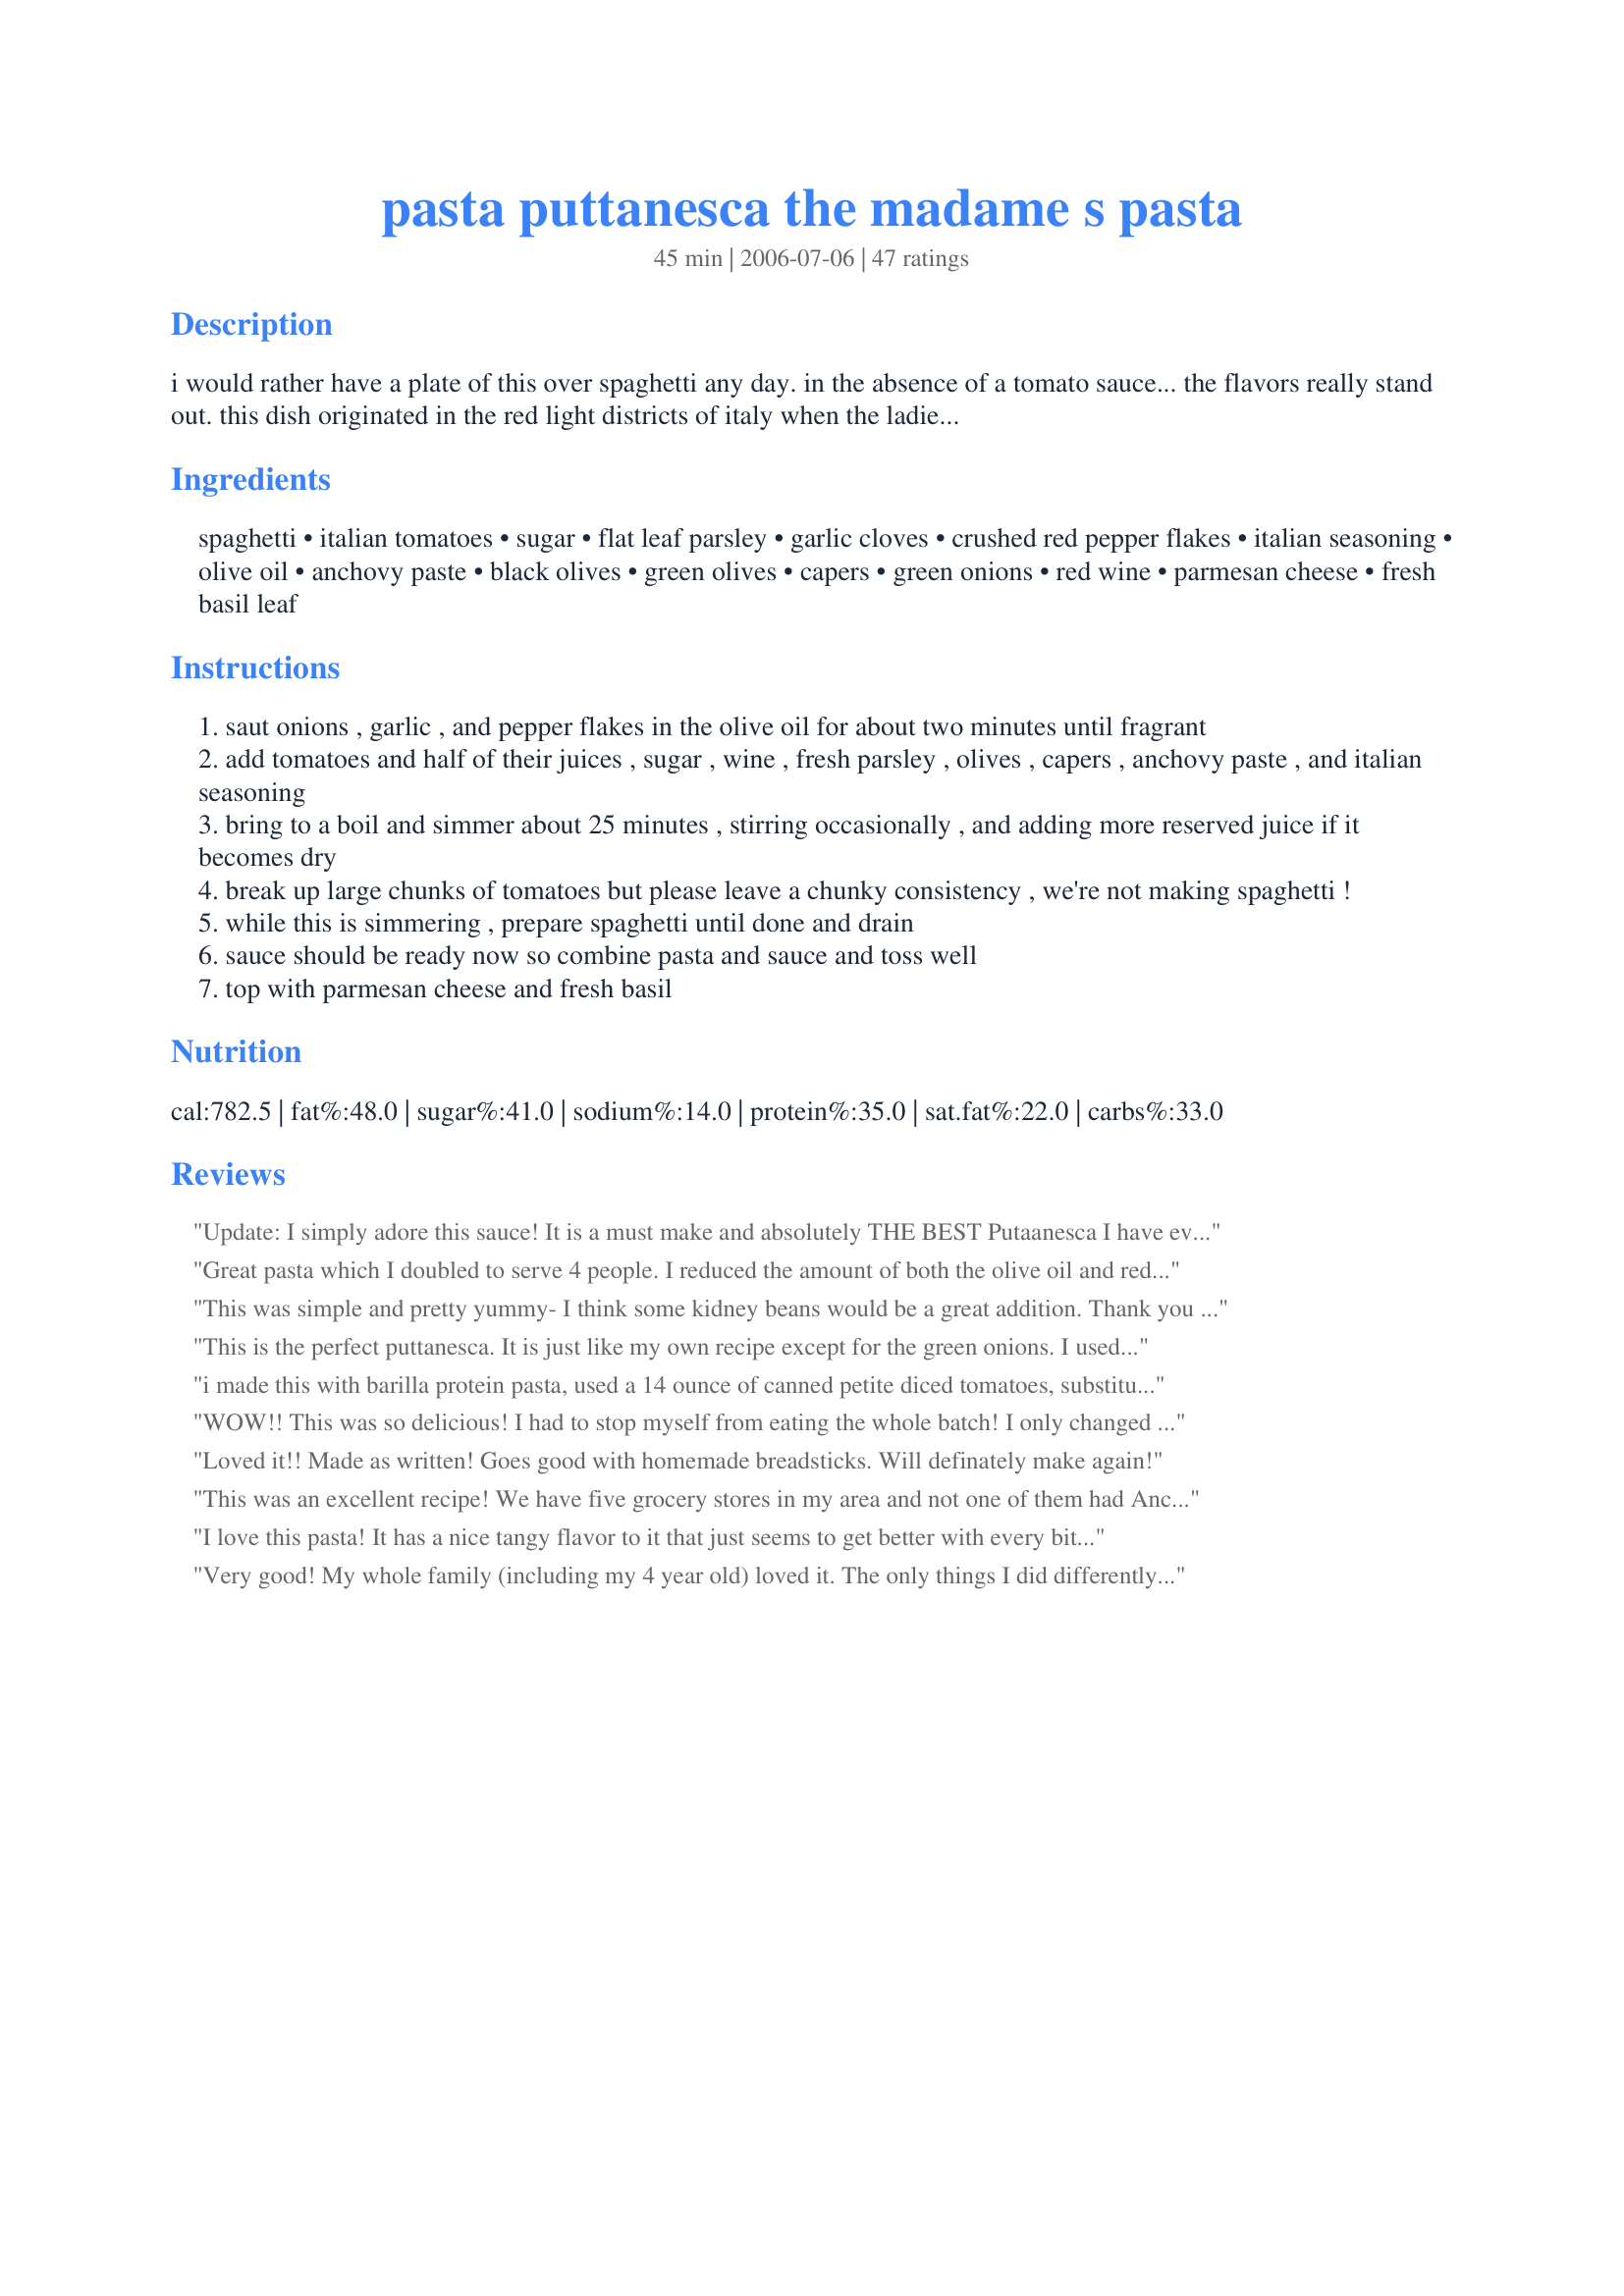
pasta puttanesca the madame s pasta
Preparation time: 45 minutes

i would rather have a plate of this over spaghetti any day. in the absence of a tomato sauce... the flavors really stand out. this dish originated in the red light districts of italy when the ladies of the night needed a quick and cheap meal after a long nights work "at the office."

Ingredients:
spaghetti, italian tomatoes, sugar, flat leaf parsley, garlic cloves, crushed red pepper flakes, italian seasoning, olive oil, anchovy paste, black olives, green olives, capers, green onions, red wine, parmesan cheese, fresh basil leaf

Steps:
saut onions , garlic , and pepper flakes in the olive oil for about two minutes until fragrant
add tomatoes and half of their juices , sugar , wine , fresh parsley , olives , capers , anchovy paste , and italian seasoning
bring to a boil and simmer about 25 minutes , stirring occasionally , and adding more reserved juice if it becomes dry
break up large chunks of tomatoes but please leave a chunky consistency , we're not making spaghetti !
while this is simmering , prepare spaghetti until done and drain
sauce should be ready now so combine pasta and sauce and toss well
top with parmesan cheese and fresh basil

Reviews:
Update: I simply adore this sauce! It is a must make and absolutely THE BEST Putaanesca I have ever laid a lip on! Thank you so much for sharing! .........
Amazing! This is my new sauce of choice! Do use the best ingredients you can! I used kalamata olives, anchovy paste and organic tomatoes and basil. The flavors blend well together here into a culinary masterpiece! Viola! Perfection in under and hour! Oooo-la-la! Thank you so much my dear friend!
Great pasta which I doubled to serve 4 people. I reduced the amount of both the olive oil and red pepper flakes by half. It was still a bit too spicy for our tastes and I would reduce to 1/2 -3/4 tsp for a double batch. Serving size is very generous so I probably did not need to double the recipe, but we will enjoy the leftovers. I will make this again.
This was simple and pretty yummy- I think some kidney beans would be a great addition. Thank you for the post!
This is the perfect puttanesca. It is just like my own recipe except for the green onions. I used chopped sweet onions. The wine is a great addition. The only thing I do add is some chopped kale. The bitter greens seem to bring out the other flavors and, yes, it is healthier. Don't need an additional vegetable either on the side.<br/>'
i made this with barilla protein pasta, used a 14 ounce of canned petite diced tomatoes, substituted basil for the italian seasoning, did add some extra anchovy paste(don't tell DH) and made everything else as posted. really good and easy! thanks for posting this recipe, pot scrubber!
WOW!! This was so delicious! I had to stop myself from eating the whole batch! I only changed a couple things: I didn't have any anchovy paste so I left it out, while it was cooking I mushed up the tomatoes really well to make it more like a sauce, and I used the whole can of tomatoes with all the juice. I love this dish! I will make again and again.
Loved it!! Made as written!
Goes good with homemade breadsticks. Will definately make again!
This was an excellent recipe! We have five grocery stores in my area and not one of them had Anchovy paste! So I used minced ancovies instead. Worked like a charm. Also I increased the olives slightly since I am an olive fan. As for the Anchovies, I can't see this recipe without them! This recipe will likely be a staple in my home!

Thanks for sharing!
I love this pasta! It has a nice tangy flavor to it that just seems to get better with every bite. I wasn't sure my kids would like it since it has so much "stuff" in it, but they both cleaned their plates right up! This is also an easy week night meal.
Very good! My whole family (including my 4 year old) loved it. The only things I did differently were to add all basil instead of parsely, and I had no anchovy or oyster sauce on hand. So I skipped that and added a little extra red wine. Thanks!
Sooo good! I added some fresh shrimp, but left everything else as instructed. Thanks for posting.
Reviewed for PAC Fall 2007.
Mamma Mia!!
This is just simple delicious comfort food!
Love the zip of the crushed red chilies,I adore spaghetti so this was a winner no matter what.
Thanks for another great meal!
I am a big tomato sauce fan but this was excellent a good change will be made again. Didn't use capers or anchovy paste.
excellent recipe, delicious sauce. this made the perfect lenten meal for friday. followed exactly except could not find anchovy paste in the store so used anchovy fillets and mashed them with the oil they came with in the jar. i found the amount of oil called for was perfect as the olive oil not only helps to sautee the onions garlic, etc. but it gives the sauce a nice flavor. this is something i will absolutely make again. served atop of tri colored rotini and good organic parmesan cheese on top. thank you so much for sharing another terrific recipe.
Wow! My kitchen looks so gourmet. This is fabulous. I have never used anchovies before. I used the fillets because I could not find the paste. Everything tastes so fantastic together. Thanks for posting such a simple and delicious recipe. Definately looking forward to the leftovers. :) Thanks Mr. Scrubber.
Great recipe for a lazy weeknight! It came together quickly and we both enjoyed it. In the middle of cooking, I realized I was out of capers. Can't wait to try it again with this addition. Otherwise, I made no modifications.
This is such a great recipe. So adaptable to your likes and dislikes. Thank you!
The best puttanesca I have ever tried at home, in a restaurant or from a jar. Maybe the best pasta sauce I have ever tried too. I LOVE puttanesca and this has all my favorite elements of a good pasta sauce including red wine, capers, red pepper flakes. This is going into my keepers cookbook. I made this with black kalamata olives, omitted the anchovy paste and reduced the oil, otherwise no adjustments other than some salt and pepper. Potsie is right, there is no distracting tomato sauce to take away from the flavors. BF really liked this a lot too. The madame has outdone herself and by proxy so has Potsie too. Many thanks.
I must say, I tried the Pasta Puttanesca at Bertucci's not long before I made this one at home, and I vastly prefer the homemade version (not to say that Bertucci's version is bad, just that this one is much better). I opted for a little extra anchovy paste, had to use Kalamata olives for the black olives because that's what was in the cabinet, and I didn't have any green onions (well, no unslimy ones, anyway). Dad and I both give this at least five stars (the rest of the family doesn't count; they won't eat pasta puttanesca because of either the anchovies or the capers). That's fine, more for Dad and me. Besides, if I only need to make it for two of us, I can afford to buy the nice expensive ingredients, right? Between the simplicity and the flavor, I can definitely see myself craving this at times. Thanks for posting!
This was OUTSTANDING!! I'm a pasta fiend...and this dish has now become my #2 all time favorite pasta dish EVER!!!!! I did make some changes but I'm dealing with a husband who won't even look at a plate of pasta that doesn't include some kind of meat or seafood or chicken. That being said, I added 3 links of hot turkey italian sausage and browned it before I browned the garlic and onions. In my opinion, the sauce didn't need this, however, it was EXCELLENT with the sausage as well. The blend of flavors here was to die for. I doubled the amount of pasta and the amount of all the other ingredients (except the anchovy paste). I increased the wine and the garlic (of course!) and didn't even serve it with parmesan. Guess what? Didn't need any parmesan. SUPERB!!! Anyone who knows me knows how serious I take my pasta...this is my #2 dish of any pasta dish I've had in my entire life! WONDERFUL. I'd give this one 10 stars if I could. Thank you so much for posting this amazing dish.!!!!!!
I don't really have anything more to add to what's already been said here ~excellent dish, my family and I loved it. Thanks so much!
Delicious! Left out the anchovies. Came out great! I had to make it twice (won't go into why) once using half red and half white wine and once using all red. I think I liked the combo better than all red. It was a little lighter and brighter. Both versions were great. Thanks for posting.
Please know that a4 star review from my fussy fanatic Pasta passionate DH is worth about 7 stars anywhere else...I made this for him and he did the rating. He even went so far to say "this is good"... and since comments like "it's ok.. it could do with more (X,Y,Z)" are his more usual pronouncments, I think that you can consider that this recipe found favour and be very pleased indeed. He didn't even comment on the red wine, which he usually doesn't like in cooking... that means that the wine wasn't overpowering and the rest of the flavours must have been well balanced. Since I made just one portion, I uded fresh tomatoes instead of canned, like Kumquat I also added less olive oil, and I added more capers since DH adores them (ugh,they are ALL his) Please see my rating system, you have achieved a 4 star rating with DH who puts pasta dishes to the toughest tests.. this one has passed muster :) Thanks !
Loved it. This is a very good recipe. Here are some changes I made: I used 1/2 cup of chopped fresh parsley, 1/2 tsp of the pepper flakes (next time I intend on using 1/4 tsp), all green olives, and whole wheat spaghetti. Very good and easy recipe.
Nov 20, 2007 - Delish! I had chicken that needed to be eaten before we leave in the morning for the holiday, so I shredded it, added extra wine to the sauce & heated it through. Everyone had seconds! Thanks for posting! UPDATE: Oct 20, 2009 - I've made this recipe so many times! My teenage DS actually requests it often & it's my go-to recipe when I forget to thaw some meat. I never realized that I didn't photograph it the first time I made it, which turns out to be longer ago than I thought! :) So, basically I've gotten lazy over the years & quit mincing the olives & just slicing them. I've used all kinds of green olives from garlic stuffed to jalapeno stuffed. Last night I didn't have green onions, so had to sub white onion. I keep capers on hand for just this recipe. Thanks again for sharing it, Potsie! :)
Love this recipe. The only changes I made were did not add the green olives (we don't like them) and anchovy. Thanks again for this wonderful recipe which will be a regular meal from now on.
Wow! Great recipe. Very versatile and adaptable too, whatever veggies or meat that is on hand can be used. Made it (the first time) just as stated with the exception that I couldn't find any anchovy paste so I used a small can of anchovies. <br/>Again, great recipe! Thanks for posting.
I must say that my Italian BF and I were a little bit sceptical with your recipe, but I am glad that I nearly followed it exactly. My changes were that I used anchovies instead of the paste and also at least double the amount. I also had to replace some of the green onions with onion. We really enjoyed the sauce, but it turned out a little bit bitter, which I think is because I used wrinkled black olives which are more bitter than other types. I will try to avoid those next time. Thank you for a great pasta dinner that may made again.
great recipe .dee
Loved it !!! The recipe is wonderful as is, but next time, I will use only 1/2 tsp. of the pepper seeds. I did use anchovy fillets instead of paste and only about 1 Tbsp. of oil, 1/4 c is a lot. This was served with fresh linguini, a crisp salad and toasted Ciabatta bread with garlic butter. Yummy. The sauce was very easy to put together just before dinner but there is no reason it could not be made ahead of time if it is to be doubled or more for a company dinner.
I made this last night & was really excited about it. I used ~1/8 cup olive oil, & minced some extra garlic. I used 3 fresh tomatoes (cut into wedges & then cut in Â½ only once each) instead of canned. I used kalamata olives instead of black olives b/c 1) it was all I had, & 2) I had read that in another review, & I threw in some whole green olives in addition to the chopped ones. I also sautÃ©ed some (boneless, skinless) chicken breasts (patted dry & seasoned w/ salt & pepper) in a separate pan while the sauce was simmering & added it to the sauce after it was cooked through. I left it in the sauce for just a few minutes while I cooked the spaghetti. As I said b/f, I was sooo excited about this dishâ€”I grated fresh parmesan cheese on the top & took my first bite &â€¦ it was too spicy for me. :) Delicious, but too hot. I still award it 5 stars b/c I think that it IS a delicious recipe, & the fact that I added the full 1 tsp of red pepper flakes when I KNOW that neither I nor my BF are very tolerant of hot/spicy foodsâ€¦ well that is my own fault. Next time I will add only Â½ the amount (or less) of red pepper flakes, & I think that will make it perfect. Thank you for posting!
Made this sauce to serve with purchased refrigerated four-cheese ravioli. We absolutely loved it. I'm sure it would have been even better if I had actually had the capers and anchovies but I didn't. I'll try it another time as written but even without it was fabulous. Thanks so much!
Excellent flavor..not a gloppy sweet tomatoe sauce style recipe. I served it on whole wheat thin spaghetti pasta. As Rachel Ray would say....DELISH!!!!
Delicious, easy & quick! Make sure you taste the sauce before adding salt, because the capers are salty and will probably give the sauce enough salt on their own.
I may not work as hard as the ladies of the night do, but after a long day at my office, this is a delight to come home to.
Excellent! I did make one slight alteration and used only black olives (as green ones are only good in Bloody Marys). The flavor of this sauce is wonderful. Thanks Potsy!
Great recipe, I loved this dish, didn't change anything at all and it turned out perfect. A really nice rich flavour. Will definitely make this again!
Absolutely scrumptious pasta perfection.
It was simple but different and healthy recipe. I love it!
This one is Addictive! I love this recipe.
Wow! This was really good. I made the recipe exactly as written, except I used minced anchovies instead of anchovy paste. Loved it!
I have been wanting to make Pasta Puttanesca for a long time. So glad I waited for your recipe.I doubled everything except the red pepper that I reduced to a few flakes.I come from up north and we don't eat quite as piquant as you do Potsie.I was wonderful!!Thank you for adding to my repertoire of pasta recipes.
Rita
I didn't have the anchovy paste, and I subbed a medium sized chopped yellow onion for the green ones, but WOW! I'm sure this is phenomenal with the anchovies. I have made this twice now, and I love it, but I do leave out the sugar. I can't recommend this recipe enough. I used to work in an Italian restaurant, and this is as good as anything we had on the menu. To be fair, this is the only recipe for puttanesca that I've ever tried, so I don't know how it compares with other recipes; however, after trying this one, I won't even bother looking for any other recipes for this. Delicious!
This is very good. My husband decided he did not like puttanesca after a recipe I tried a while back from rachel ray, but I was determined to try again and this looked like a good one to make. He was singing a different tune after eating this one lol. I did put chicken into, just cut up small and seasoned. I added it from the start and let it just cook through while simmering. I also didn't use green olives but used kalamata instead. I had to leave out the anchovy paste since I was out. Anyway it was super simple and tasted great. I should add that since I started off with the chicken I only really used about 2 T. of oil, and didn't add any when I added the onions and garlic.
good family meal
This is one of my favorite pasta dishes. I substitute 4 T olive tapenade for the anchovy paste and minced olives to make this vegetarian. Then I toss a few whole olives on top.
This was wonderful. I made exactly as posted. I am only giving 4 stars because for my taste 1/4 cup olive oil is way to much. The oil floated on top of the sauce. However the flavor was soooo good, I will make again and again, just cutting back a little on olive oil. Thanks for delighting my taste buds.
Dd & I both enjoyed this recipe. I have never been big on tomato sauce so this is perfect. I followed the recipe as posted. There was a small amount leftover that I heated in the micro. I think it was even better the next day. Thank you Pot Scrubber I plan on making this again.
